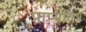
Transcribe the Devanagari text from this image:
प्राप्यति॥